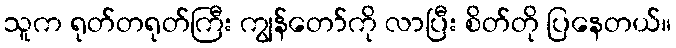
သူက ရုတ်တရုတ်ကြီး ကျွန်တော်ကို လာပြီး စိတ်တို ပြနေတယ်။